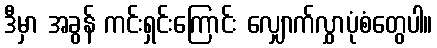
ဒီမှာ အခွန် ကင်းရှင်းကြောင်း လျှောက်လွှာပုံစံတွေပါ။